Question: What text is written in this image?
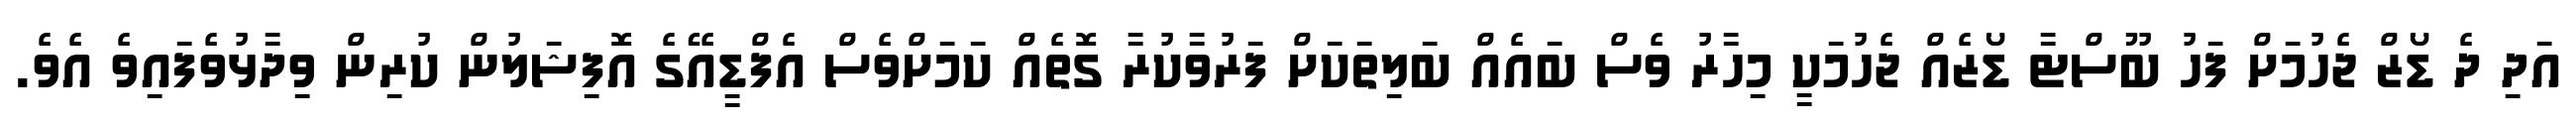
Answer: އަދި ދެ ޑޯޒް ޖެހުމަށް ފަހު ބޫސްޓާ ޑޯޒެއް ޖެހުމަކީ މިހާރު ވެސް ބައެއް ބަލިތަކަށް ފަރުވާކުރާ ގޮތެއް ކަމަށްވެސް އެފްޑީއޭގެ އޮފިޝަލުން ކުރިން ވިދާޅުވެފައިވެ އެވެ.